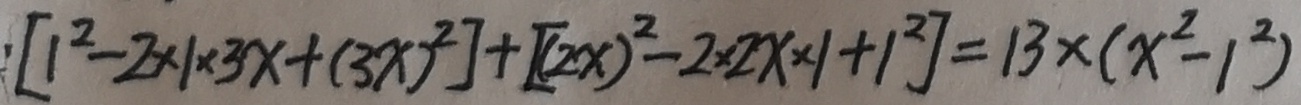
[ 1 ^ { 2 } - 2 \times 1 \times 3 x + ( 3 x ) ^ { 2 } ] + [ ( 2 x ) ^ { 2 } - 2 \times 2 x \times 1 + 1 ^ { 2 } ] = 1 3 \times ( x ^ { 2 } - 1 ^ { 2 } )